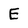
Character: E